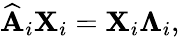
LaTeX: \widehat{\mathbf{A}}_{i}\mathbf{X}_{i}=\mathbf{X}_{i}\mathbf{\Lambda}_{i},